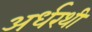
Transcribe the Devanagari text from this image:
अर्धरथी